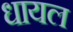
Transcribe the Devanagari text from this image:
धायल